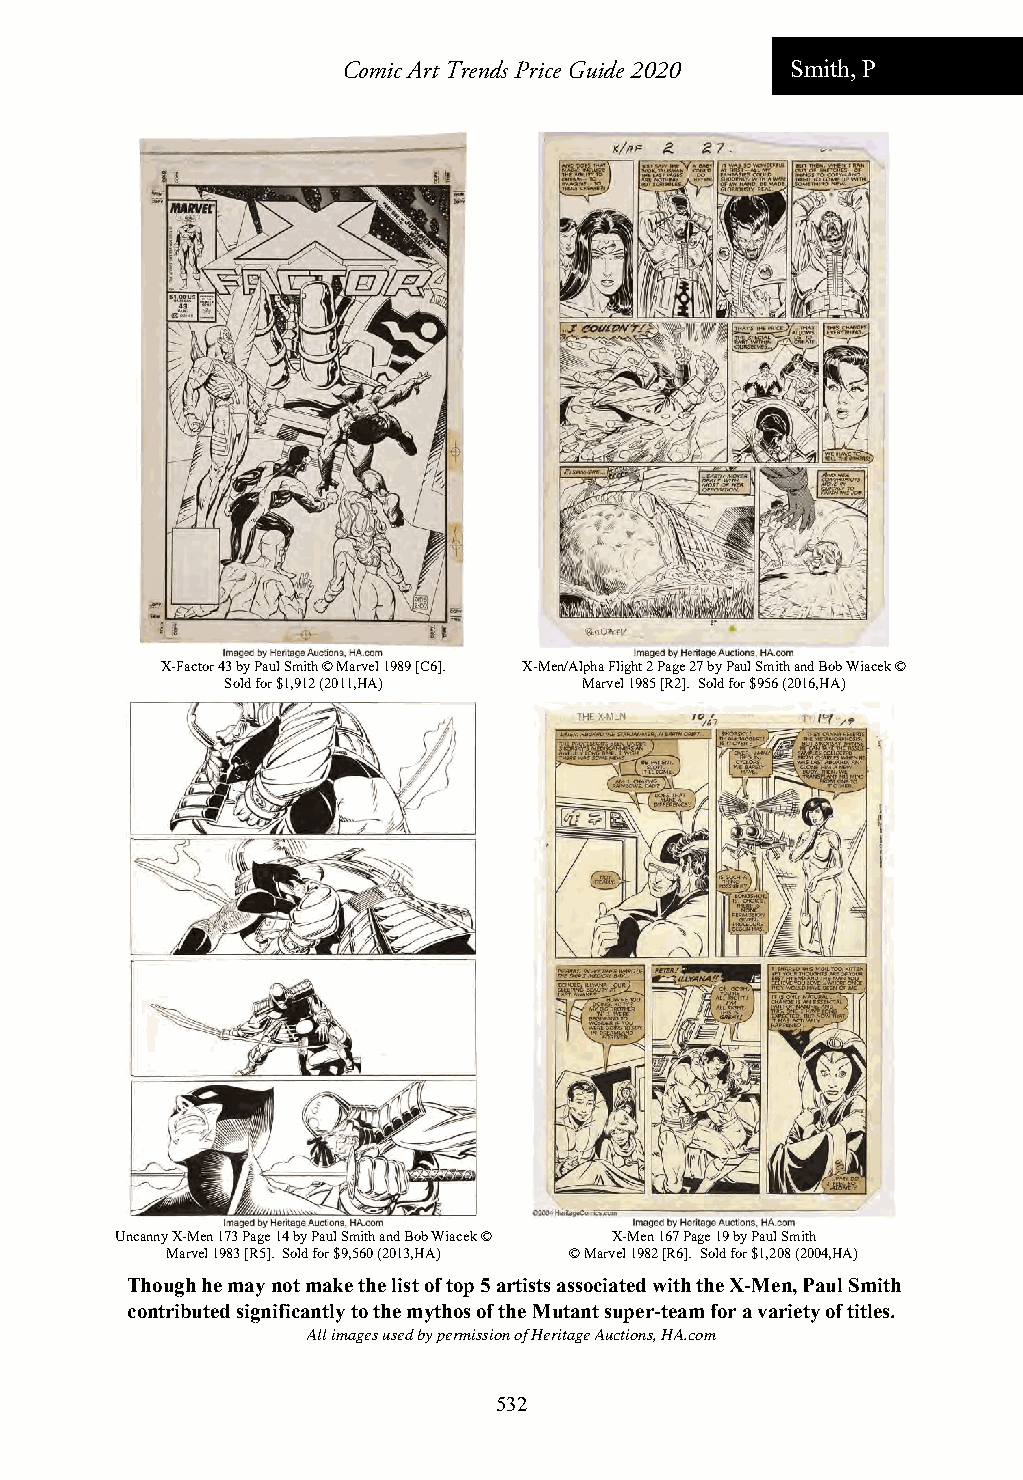
Comic Art Trends Price Guide 2020 Smith, P
 X-Factor 43 by Paul Smith © Marvel 1989 [C6]. X-Men/Alpha Flight 2 Page 27 by Paul Smith and Bob Wiacek ©
 Sold for $1,912 (2011,HA) Marvel 1985 [R2]. Sold for $956 (2016,HA)
 Uncanny X-Men 173 Page 14 by Paul Smith and Bob Wiacek © X-Men 167 Page 19 by Paul Smith
 Marvel 1983 [R5]. Sold for $9,560 (2013,HA) © Marvel 1982 [R6]. Sold for $1,208 (2004,HA)
 Though he may not make the list of top 5 artists associated with the X-Men, Paul Smith
 contributed significantly to the mythos of the Mutant super-team for a variety of titles.
 All images used by permission of Heritage Auctions, HA.com
 532